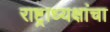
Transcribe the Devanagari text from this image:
राष्ट्राध्यक्षांचा